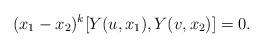
\begin{align*} (x_1-x_2)^k [Y(u,x_1),Y(v,x_2)]=0.\end{align*}